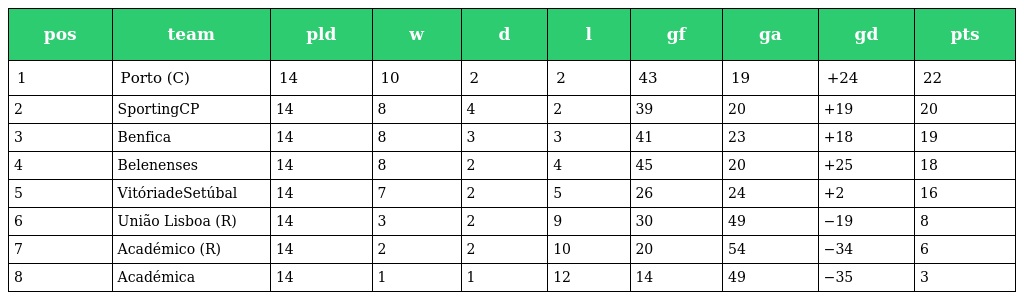
| pos | team | pld | w | d | l | gf | ga | gd | pts |
 | --- | --- | --- | --- | --- | --- | --- | --- | --- | --- |
 | 1 | Porto (C) | 14 | 10 | 2 | 2 | 43 | 19 | +24 | 22 |
 | 2 | SportingCP | 14 | 8 | 4 | 2 | 39 | 20 | +19 | 20 |
 | 3 | Benfica | 14 | 8 | 3 | 3 | 41 | 23 | +18 | 19 |
 | 4 | Belenenses | 14 | 8 | 2 | 4 | 45 | 20 | +25 | 18 |
 | 5 | VitóriadeSetúbal | 14 | 7 | 2 | 5 | 26 | 24 | +2 | 16 |
 | 6 | União Lisboa (R) | 14 | 3 | 2 | 9 | 30 | 49 | −19 | 8 |
 | 7 | Académico (R) | 14 | 2 | 2 | 10 | 20 | 54 | −34 | 6 |
 | 8 | Académica | 14 | 1 | 1 | 12 | 14 | 49 | −35 | 3 |